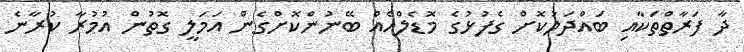
ދާ ފަރާތްތަކާއި ބައްދަލުކޮށް ގެފުޅުގެ މޮޑެލްއެއް ބޭނުންކޮށްގެން އަމަލީ ގޮތުން އުމުރާ ކުރާނެ